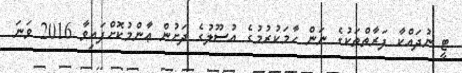
ޓީ ނުދައްކާ ފަރާތްތަކުގެ ނަން ހާމަކުރުމުގެ އުސޫލުގެ ދަށުން ޢާންމުކޮށްފައިވާ 2016 ވަނަ